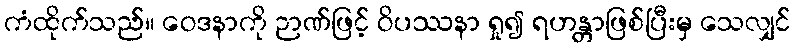
ကံထိုက်သည်။ ဝေဒနာကို ဉာဏ်ဖြင့် ဝိပဿနာ ရှု၍ ရဟန္တာဖြစ်ပြီးမှ သေလျှင်